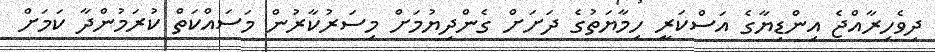
ދިވެހިރާއްޖެ އިންޑިޔާގެ އަސްކަރީ ހިމާޔަތުގެ ދަށަށް ގެންދިޔުމަށް މިސަރުކާރުން މަސައްކަތް ކުރަމުންދާ ކަމަށް